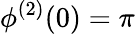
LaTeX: \phi^{(2)}(0)=\pi